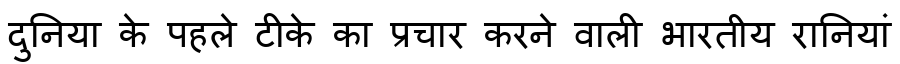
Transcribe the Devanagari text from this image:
दुनिया के पहले टीके का प्रचार करने वाली भारतीय रानियां